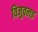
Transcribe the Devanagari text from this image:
विजुवलइ